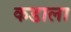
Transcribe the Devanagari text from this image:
कडाला